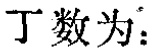
丁数为：